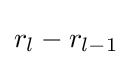
r_{l}-r_{l-1}